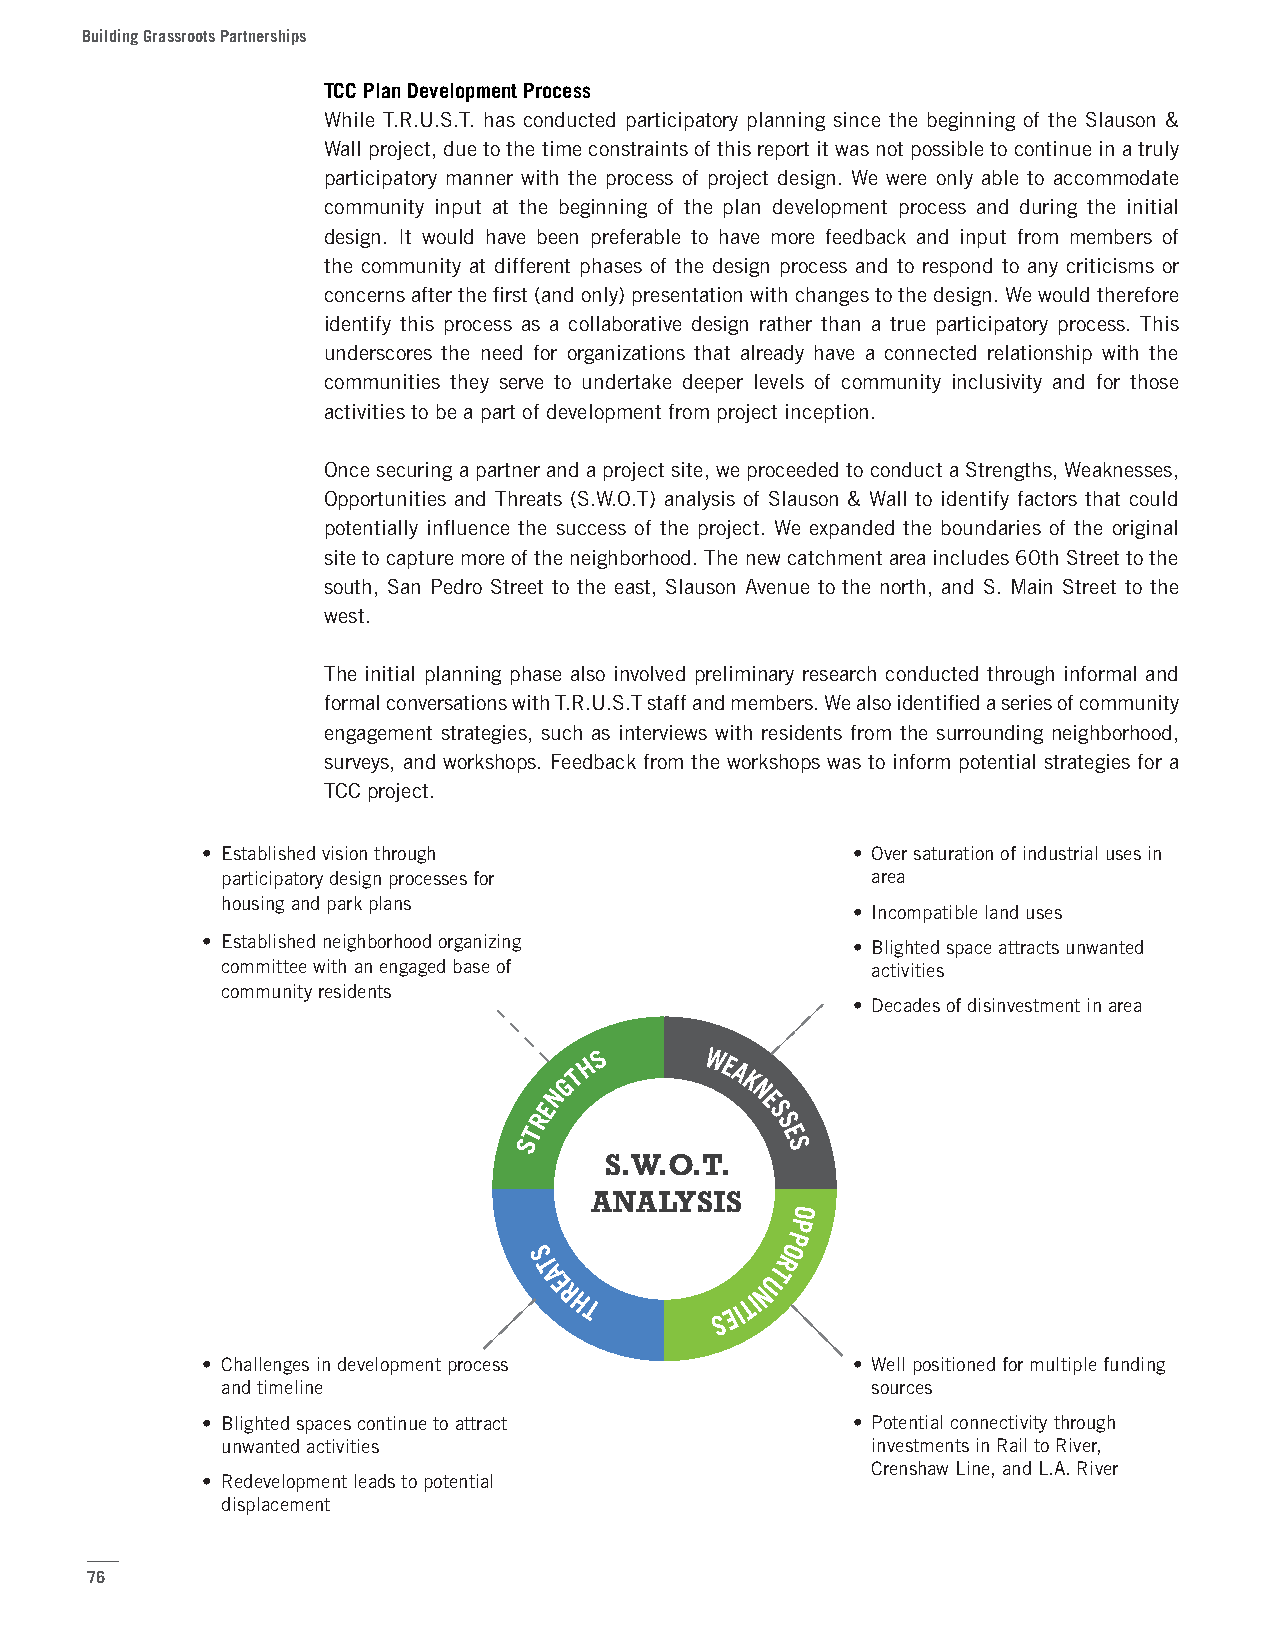
Building Grassroots Partnerships
 TCC Plan Development Process
 While T.R.U.S.T. has conducted participatory planning since the beginning of the Slauson &
 Wall project, due to the time constraints of this report it was not possible to continue in a truly
 participatory manner with the process of project design. We were only able to accommodate
 community input at the beginning of the plan development process and during the initial
 design. It would have been preferable to have more feedback and input from members of
 the community at different phases of the design process and to respond to any criticisms or
 concerns after the first (and only) presentation with changes to the design. We would therefore
 identify this process as a collaborative design rather than a true participatory process. This
 underscores the need for organizations that already have a connected relationship with the
 communities they serve to undertake deeper levels of community inclusivity and for those
 activities to be a part of development from project inception.
 Once securing a partner and a project site, we proceeded to conduct a Strengths, Weaknesses,
 Opportunities and Threats (S.W.O.T) analysis of Slauson & Wall to identify factors that could
 potentially influence the success of the project. We expanded the boundaries of the original
 site to capture more of the neighborhood. The new catchment area includes 60th Street to the
 south, San Pedro Street to the east, Slauson Avenue to the north, and S. Main Street to the
 west.
 The initial planning phase also involved preliminary research conducted through informal and
 formal conversations with T.R.U.S.T staff and members. We also identified a series of community
 engagement strategies, such as interviews with residents from the surrounding neighborhood,
 surveys, and workshops. Feedback from the workshops was to inform potential strategies for a
 TCC project.
 • Established vision through               • Over saturation of industrial uses in
 participatory design processes for         area
 housing and park plans
 • Incompatible land uses
 • Established neighborhood organizing      • Blighted space attracts unwanted
 committee with an engaged base of          activities
 community residents
 • Decades of disinvestment in area
 H S    W E
 T         A
 G           K
 N            N
 E             E
 R               S
 T               S
 S                E
 S
 S.W.O.T.
 ANALYSIS
 O
 P
 P
 O
 S               R
 T               T
 A              U
 E R
 HT
 S
 EITIN
 • Challenges in development process        • Well positioned for multiple funding
 and timeline                               sources
 • Blighted spaces continue to attract      • Potential connectivity through
 unwanted activities                        investments in Rail to River,
 Crenshaw Line, and L.A. River
 • Redevelopment leads to potential
 displacement
 76